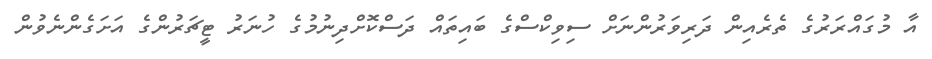
އާ މުގައްރަރުގެ ތެރެއިން ދަރިވަރުންނަށް ސިވިކްސްގެ ބައިތައް ދަސްކޮށްދިނުމުގެ ހުނަރު ޓީޗަރުންގެ އަށަގެންނެވުން